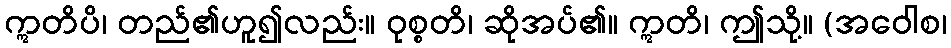
ဣတိပိ၊ တည်၏ဟူ၍လည်း။ ဝုစ္စတိ၊ ဆိုအပ်၏။ ဣတိ၊ ဤသို့။ (အဝေါစ၊